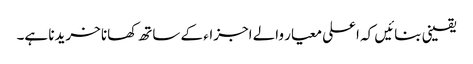
یقینی بنائیں کہ اعلی معیار والے اجزاء کے ساتھ کھانا خریدنا ہے۔